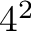
4 ^ { 2 }